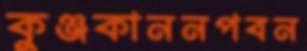
কুঞ্জকাননপবন